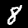
Digit: 8